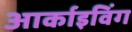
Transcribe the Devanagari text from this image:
आर्काइविंग